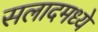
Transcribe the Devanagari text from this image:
सलादमध्ये